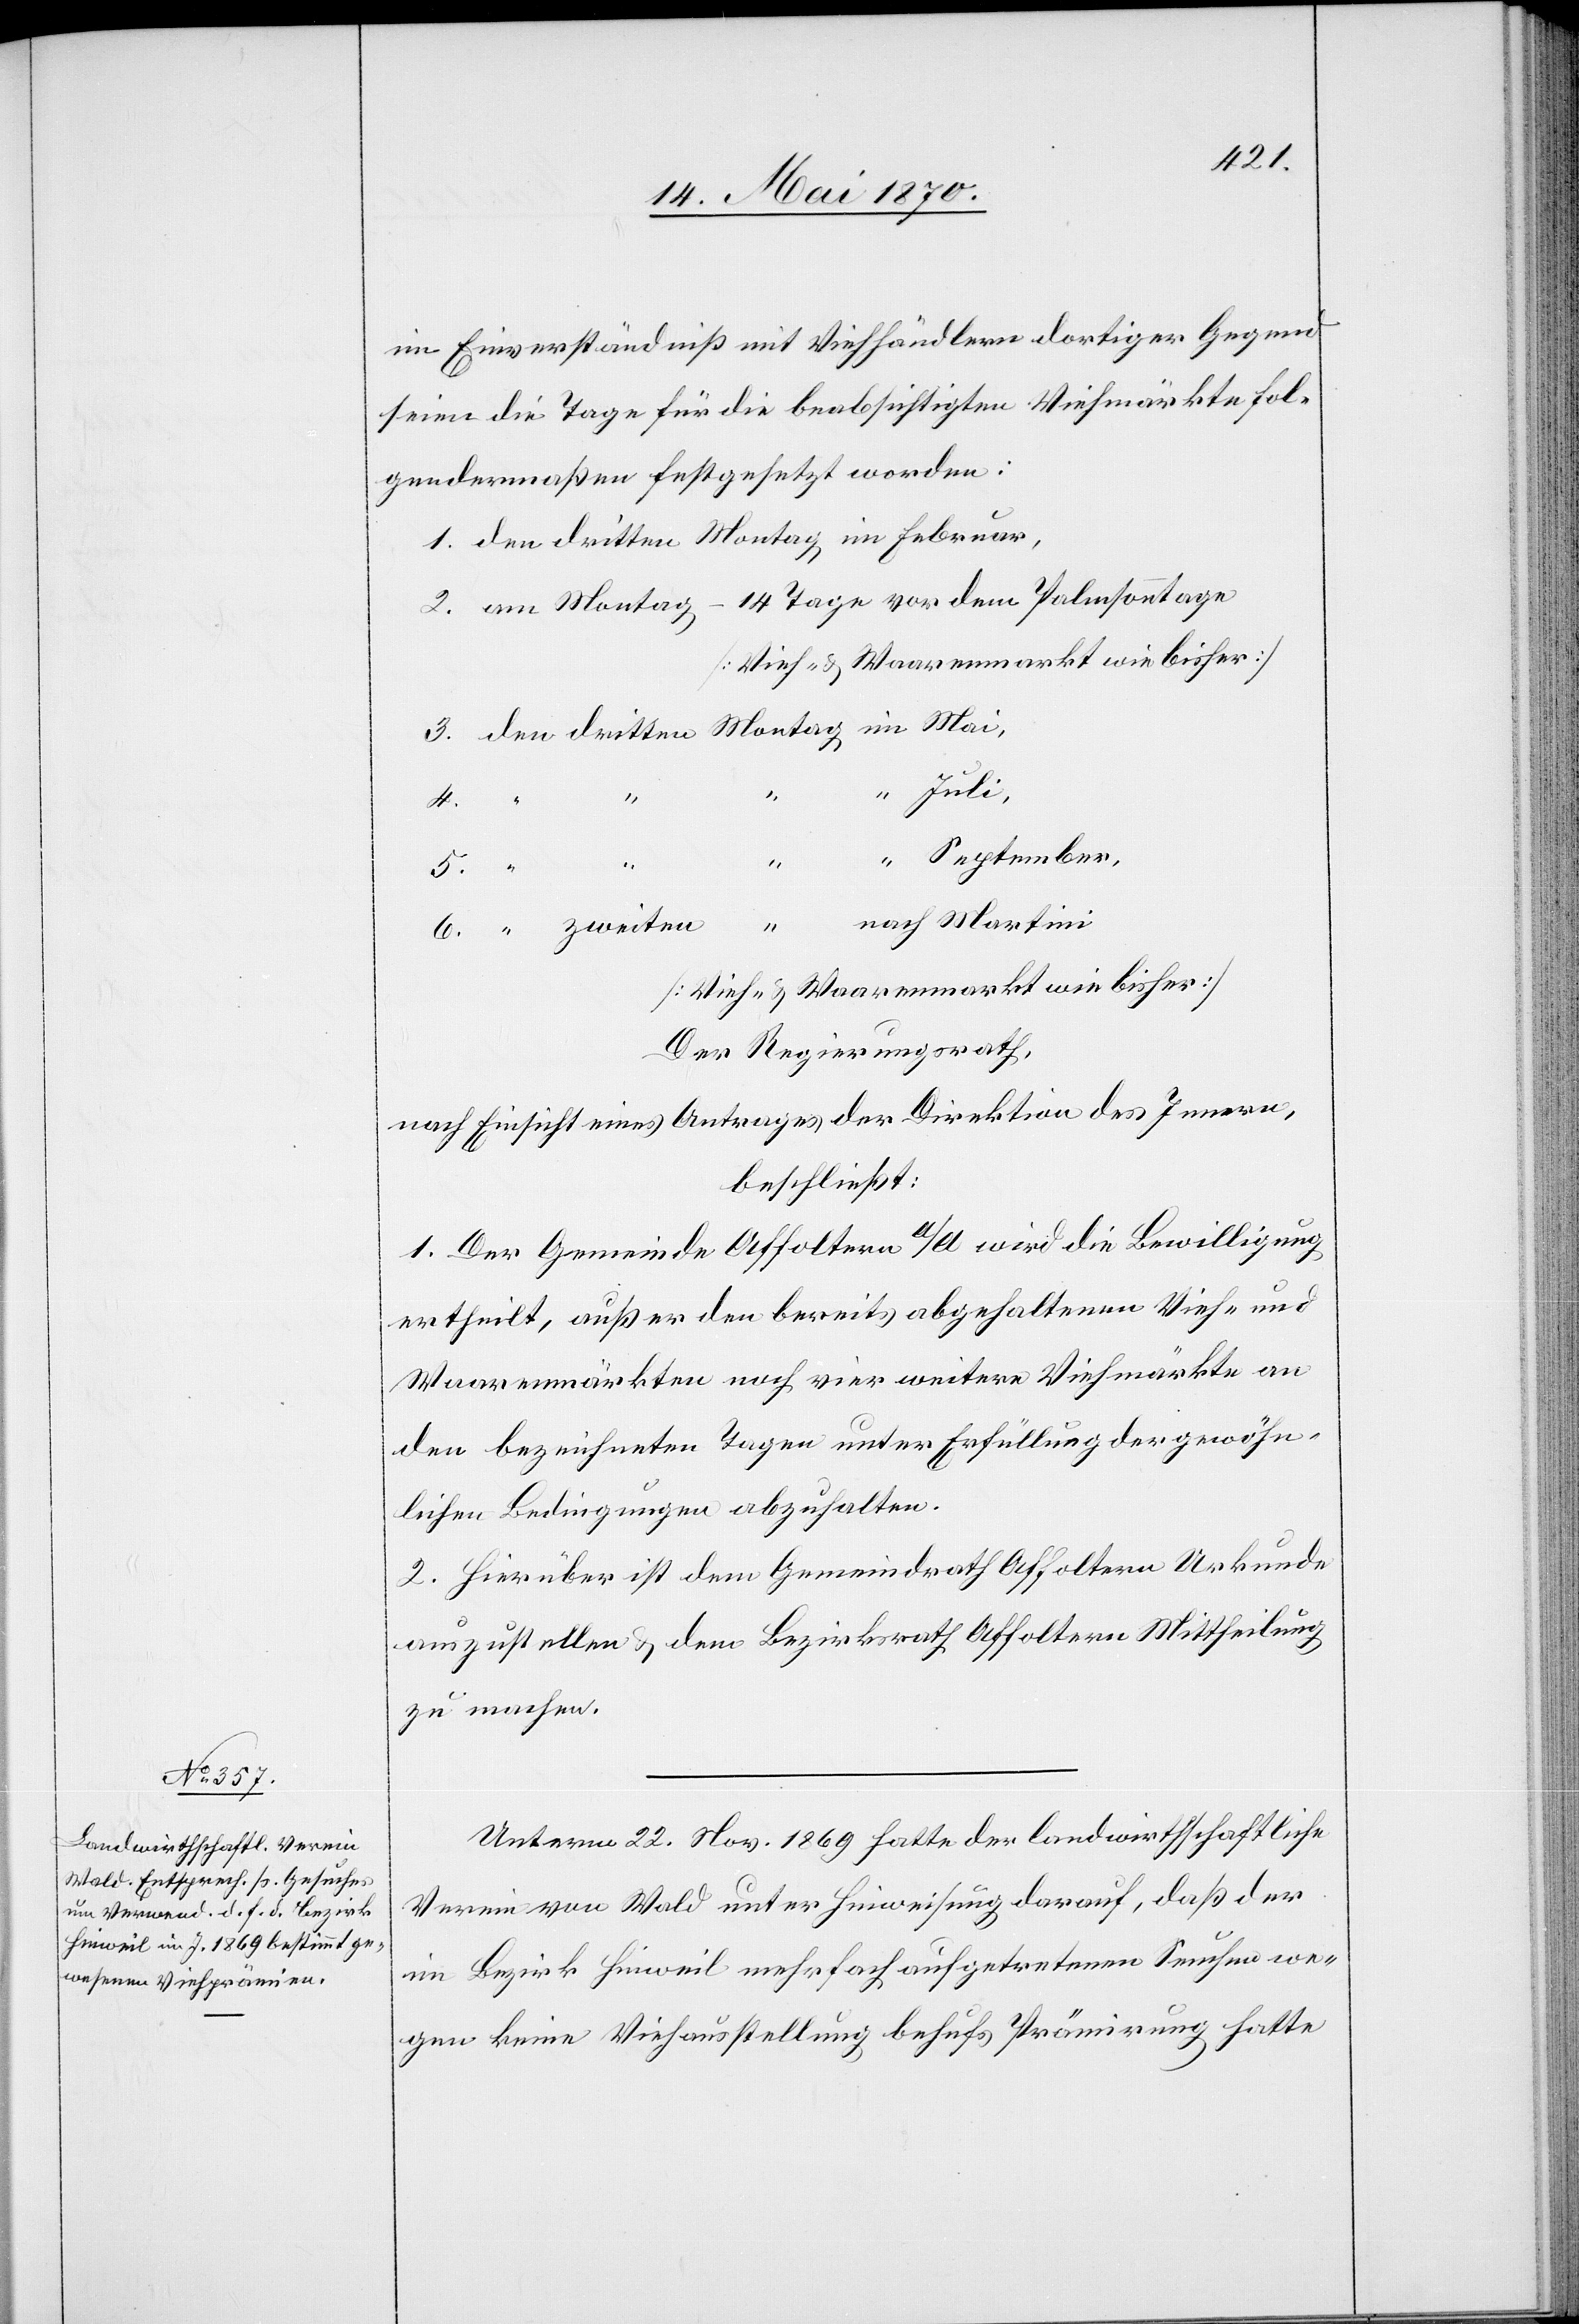
in Einverständniß mit Viehhändlern dortiger Gegend
seien die Tage für die beabsichtigten Viehmärkte fol¬
gendermaßen festgesetzt worden:
1. den dritten Montag im Februar,
2. am Montag – 14 Tage vor dem Palmsonntage
3. den dritten Monat im Mai,
“ Juli,
5.
“ “
“ “ September,
6. “ zweiten “ nach Martini
[Vieh- & Waarenmarkt wie bisher]
Der Regierungsrath,
nach Einsicht eines Antrages der Direktion des Innern,
beschließt:
1. Der Gemeinde Affoltern a/A. wird die Bewilligung
ertheilt, außer den bereits abgehaltenen Vieh- &
Waarenmärkten noch vier weitere Viehmärkte an
den bezeichneten Tagen unter Erfüllung der gewöhn¬
lichen Bedingungen abzuhalten.
2. Hierüber ist dem Gemeindrath Affoltern Urkunde
auszustellen & dem Bezirksrath Affoltern Mittheilung
zu machen.
Unterm 22. Nov. 1869 hatte der landwirthschaftliche
Verein Wald unter Hinweisung darauf, daß der
im Bezirk Hinweil mehrfach aufgetretenen Seuche we¬
gen keine Viehausstellung behufs Prämirung hatte